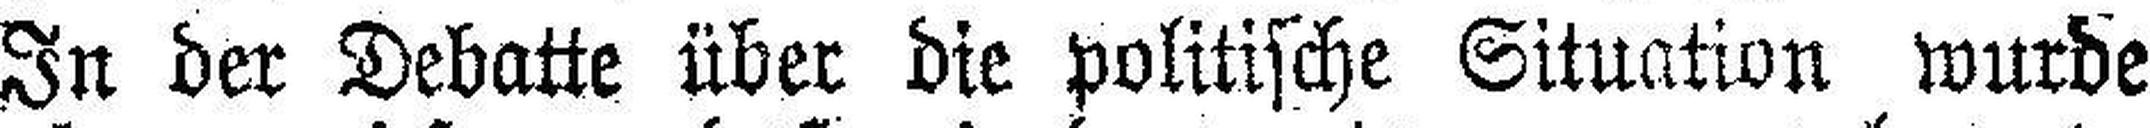
In der Debatte über die politische Situation wurde